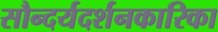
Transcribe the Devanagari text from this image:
सौन्दर्यदर्शनकारिका